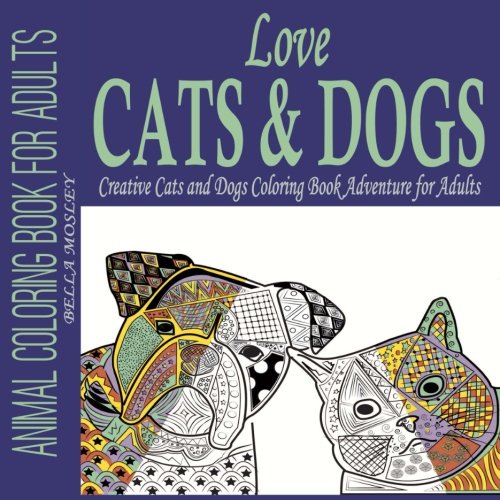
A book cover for Love Cats & Dogs: Creative Cats and Dogs Coloring Book Adventure for Adults (Animal Coloring Book for Adults, Cats Coloring Book, Dogs Coloring Book) (Volume 1); Bella Mosley; Crafts, Hobbies & Home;